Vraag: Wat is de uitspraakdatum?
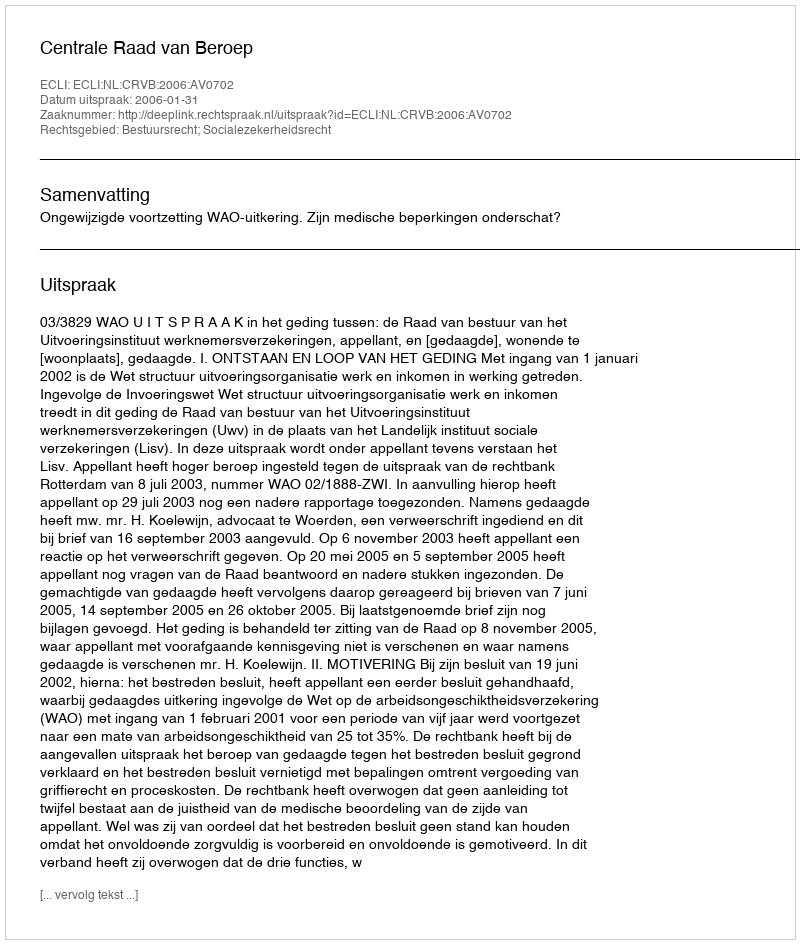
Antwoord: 2006-01-31